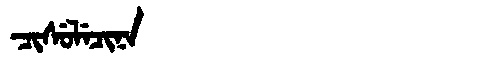
Manchu: ᠴᡳᠰᡠᠯᡝᠴᡳᠨᠠ
Romanization: CISULECINA